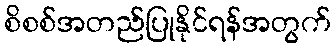
စိစစ်အတည်ပြုနိုင်ရန်အတွက်